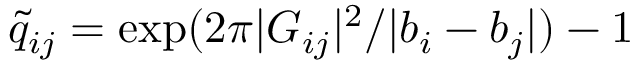
{ \tilde { q } } _ { i j } = \exp ( 2 \pi | { \cal G } _ { i j } | ^ { 2 } / | b _ { i } - b _ { j } | ) - 1